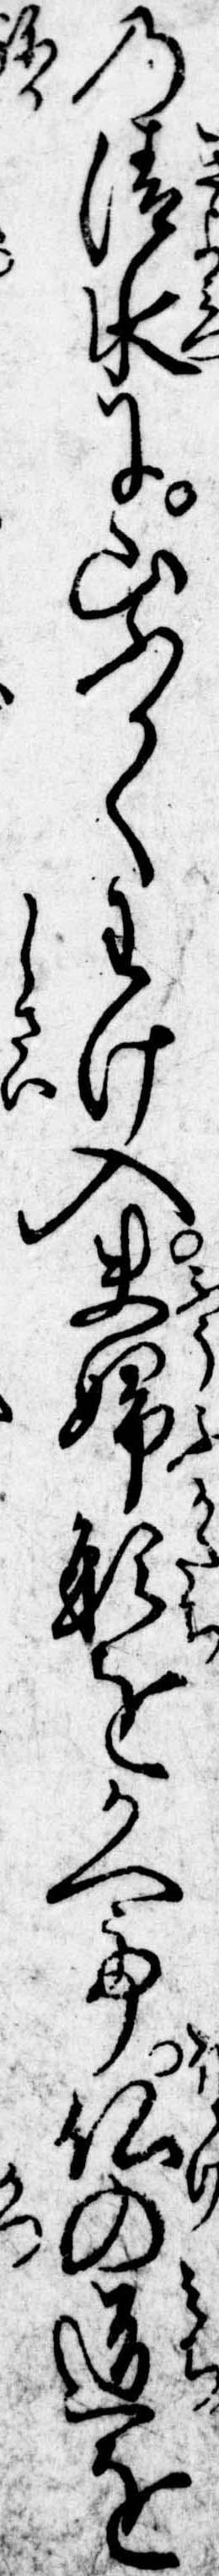
の清水に山ふかくわけ入夫婦形をかへて仏の道を